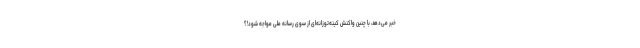
خبر می‌دهد، با چنین واکنش کینه‌توزانه‌ای از سوی رسانه ملی مواجه شود!؟